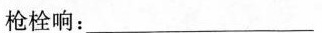
枪栓响：___